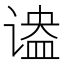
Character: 𬤔